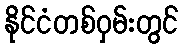
နိုင်ငံတစ်ဝှမ်းတွင်